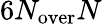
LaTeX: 6N_{\mathrm{over}}N